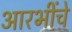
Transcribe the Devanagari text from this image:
आरभींचे